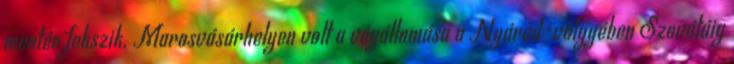
mentén fekszik. Marosvásárhelyen volt a végállomása a Nyárád-völgyében Szovátáig